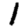
Digit: 1